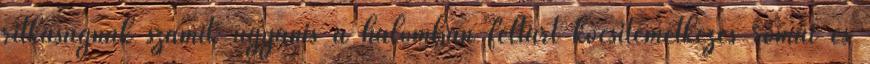
ritkaságnak számít: ugyanis a halomban feltárt kocsitemetkezés római és